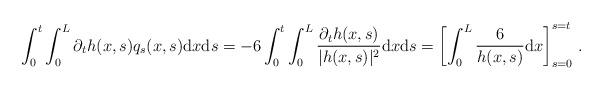
LaTeX: \begin{align*} \int_{0}^t \int_{0}^{L} \partial_t h(x,s)q_s(x,s) {\rm d}x{\rm d}s = -6\int_0^t \int_{0}^{L} \dfrac{\partial_t h(x,s)}{|h(x,s)|^2} {\rm d}x{\rm d}s = \left[ \int_{0}^{L} \dfrac{6}{h(x,s)} {\rm d}x\right]_{s=0}^{s=t}\,.\end{align*}